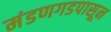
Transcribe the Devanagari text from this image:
मंडणगडपासून